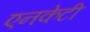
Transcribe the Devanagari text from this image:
एनकेटी